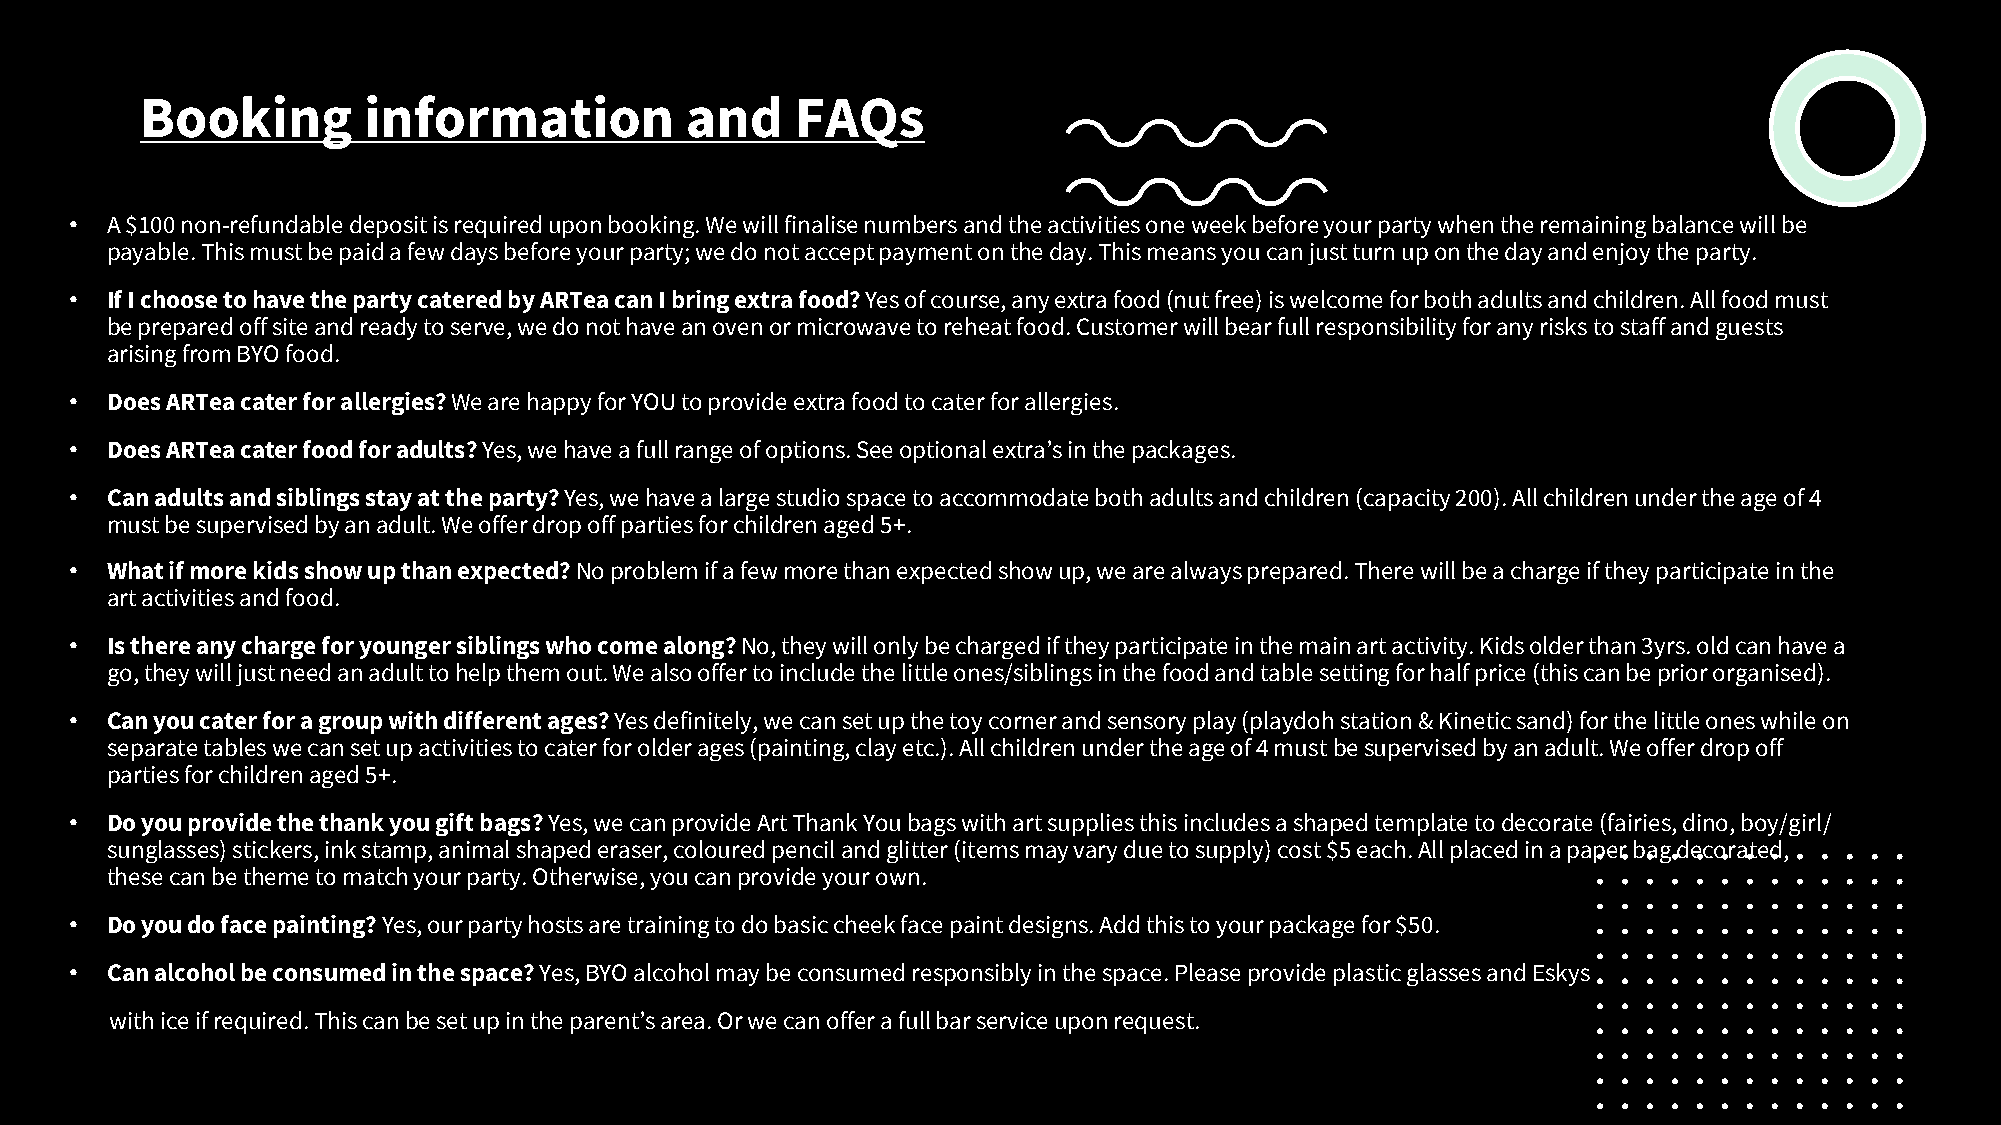
Booking        information          and     FAQs
 • A $100 non-refundable deposit is required upon booking. We will finalise numbers and the activities one week before your party when the remaining balance will be
 payable. This must be paid a few days before your party; we do not accept payment on the day. This means you can just turn uponthe day and enjoy the party.
 • If I choose to have the party catered by ARTeacan I bring extra food? Yes of course, any extra food (nut free) is welcome for both adults and children. All food must
 be prepared off site and ready to serve, we do not have an oven or microwave to reheat food. Customer will bear full responsibility for any risks to staff and guests
 arising from BYO food.
 • Does ARTea cater for allergies?We are happy for YOU to provide extra food to cater for allergies.
 • Does ARTea cater food for adults?Yes, we have a full range of options. See optional extra’s in the packages.
 • Can adults and siblings stay at the party?Yes, we have a large studio space to accommodate both adults and children (capacity 200). All children under the age of 4
 must be supervised by an adult. We offer drop off parties for children aged 5+.
 • What if more kids show up than expected?No problem if a few more than expected show up, we are always prepared. There will be a charge if they participate in the
 art activities and food.
 • Is there any charge for younger siblings who come along?No, they will only be charged if they participate in the main art activity. Kids older than 3yrs. old can have a
 go, they will just need an adult to help them out. We also offer to include the little ones/siblings in the food and table setting for half price (this can be prior organised).
 • Can you cater for a group with different ages? Yes definitely, we can set up the toy corner and sensory play (playdoh station & Kinetic sand) for the little ones while on
 separate tables we can set up activities to cater for older ages (painting, clay etc.). All children under the age of 4 must be supervised by an adult. We offer drop off
 parties for children aged 5+.
 • Do you provide the thank you gift bags? Yes, we can provide Art Thank You bags with art supplies this includes a shaped template to decorate (fairies, dino, boy/girl/
 sunglasses) stickers, ink stamp, animal shaped eraser, coloured pencil and glitter (items may vary due to supply) cost $5 each. All placed in a paper bag decorated,
 these can be theme to match your party. Otherwise, you can provide your own.
 • Do you do face painting? Yes, our party hosts are training to do basic cheek face paint designs. Add this to your package for $50.
 • Can alcohol be consumed in the space? Yes, BYO alcohol may be consumed responsibly in the space. Please provide plastic glasses and Eskys
 with ice if required. This can be set up in the parent’s area. Or we can offer a full bar service upon request.